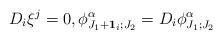
LaTeX: \begin{align*}D_i\xi^j=0,\phi^{\alpha}_{J_1+\bold{1}_i;J_2}=D_i\phi^{\alpha}_{J_1;J_2}\end{align*}